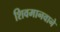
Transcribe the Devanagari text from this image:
शिवमानवाने